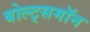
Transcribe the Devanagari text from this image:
बोल्ट्समॉन